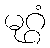
မုဂ္ဂံ